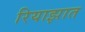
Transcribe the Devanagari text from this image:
रियाझात